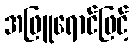
အဖြူရောင်ဖြင့်